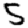
Digit: 5